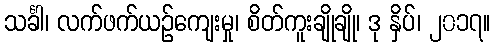
သင်္ခါ၊ လက်ဖက်ယဉ်ကျေးမှု၊ စိတ်ကူးချိုချို၊ ဒု နှိပ်၊ ၂၀၁၇။